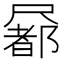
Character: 𡳢